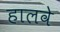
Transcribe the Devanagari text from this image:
हालवे